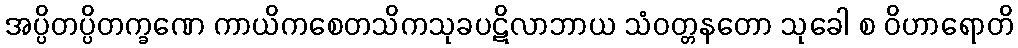
အပ္ပိတပ္ပိတက္ခဏေ ကာယိကစေတသိကသုခပဋိလာဘာယ သံဝတ္တနတော သုခေါ စ ဝိဟာရောတိ